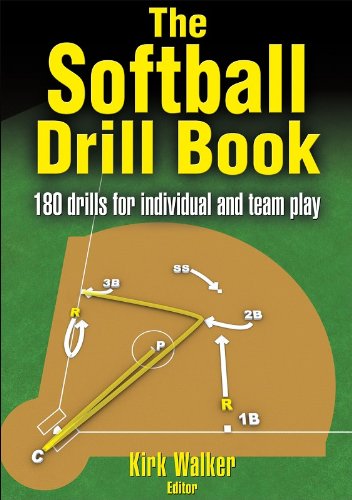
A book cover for The Softball Drill Book; Kirk Walker; Sports & Outdoors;